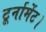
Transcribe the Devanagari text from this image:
टूर्नामेंट।